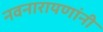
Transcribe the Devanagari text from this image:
नवनारायणांनी